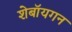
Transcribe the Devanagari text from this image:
शेबॉयगन